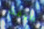
الوقت